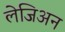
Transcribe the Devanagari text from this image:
लेजिअन